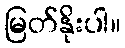
မြတ်နိုးပါ။